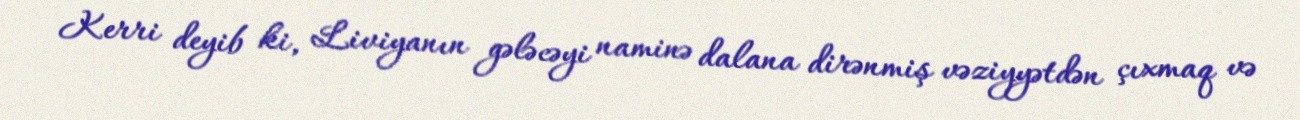
Kerri deyib ki, Liviyanın gələcəyi naminə dalana dirənmiş vəziyyətdən çıxmaq və